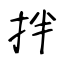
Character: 拌